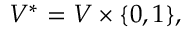
V ^ { * } = V \times \{ 0 , 1 \} ,